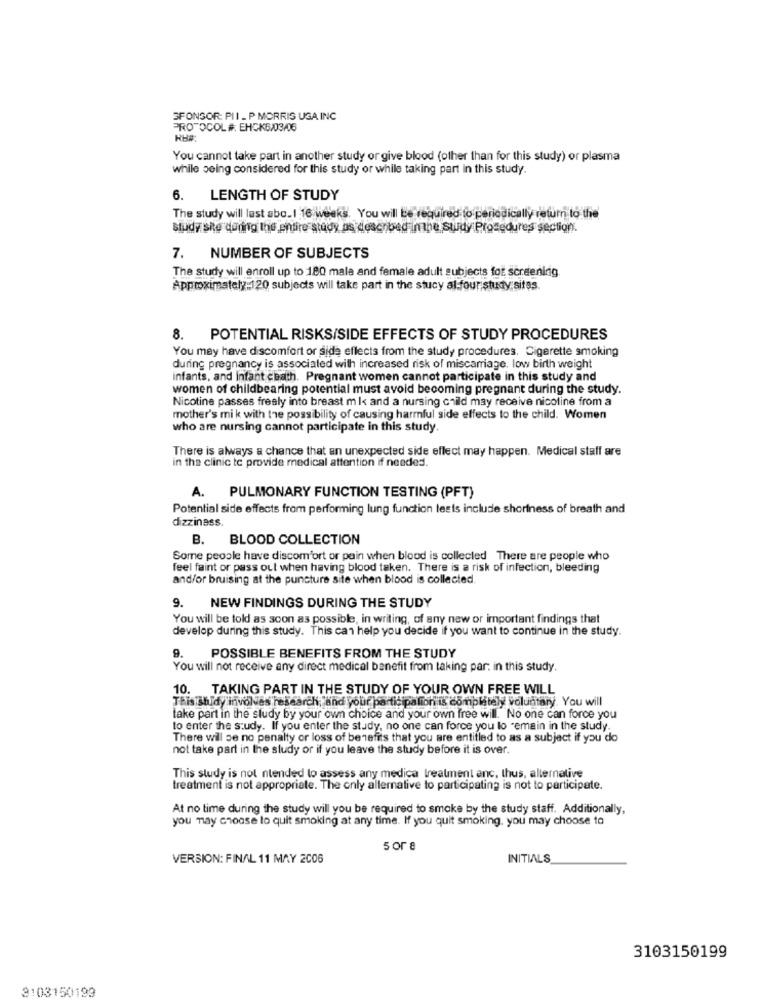
SPONSOR: PII_ P MORRIS USA INC
PROTOCOL #. EHCK6/03/06
RH#
You cannot take part in another study or give blood (other than for this study) or plasma
while being considered for this study or while taking part in this study.
6. LENGTH OF STUDY
The study will last abo.1 16 weeks. You will be required to periodically return to the
study sie dung Ins entire study as described impe study Procedures section.
7. NUMBER OF SUBJECTS
The study will enroll up to 180 male and female adult subjects for screening.
Approximately:120 subjects will take part in the stucy al four;study;sitss.
8. POTENTIAL RISKS/SIDE EFFECTS OF STUDY PROCEDURES
You may have discomfort or side effects from the study procedures. Cigarette smoking
during pregnancy is associated with increased risk of miscarriage. low birth weight
infants, and Infant chath. Pregnant women cannot participate in this study and
women of childbearing potential must avoid becoming pregnant during the study.
Nicotine passes frealy into breast m I< and a nursing child may receive nicoline from a
mother's mi k with the possibility of causing harmful side effects to the child. Women
who are nursing cannot participate in this study.
There is always a chance that an unexpected side effect may happen. Medical staff are
in the clinic to provide medical attention if needed.
A. PULMONARY FUNCTION TESTING (PFT)
Potential side effects from performing lung function tests include shortness of breath and
dizziness
B.
BLOOD COLLECTION
Some people have discomfort or pain when blood is collected There are people who
feel faint or pass out when having blood taken. There is a risk of infection, bleeding
and/or bruising at the puncture site when blood is collected.
9. NEW FINDINGS DURING THE STUDY
You will be told as soon as possible, in writing, of any new or important findings that
develop during this study. This can help you decide if you want to continue in the study.
9.
POSSIBLE BENEFITS FROM THE STUDY
You will not receive any direct medical benefit from taking par. in this study.
10. TAKING PART IN THE STUDY OF YOUR OWN FREE WILL
This shldy involves research, and your participation is completely voluntary. You will
take part in the study by your own choice and your own free will. No one can force you
to enter the study. If you enter the study, no one can force you lo remain in the study.
There will be no penalty or loss of benefits that you are entitled to as a subject if you do
not take part in the study or if you leave the study before it is over.
This study is not ntended to assess any medica treatment anc, thus, alternative
treatment is not appropriate. The only alternative to participating is not to participate.
At no time during the study will you be required to smoke by the study staff. Additionally,
you may choose to quit smoking at any time. If you quit smoking, you may choose to
5 or a
VERSION: FINAL 11 MAY 2006
INITIALS
3103150199
3103150199